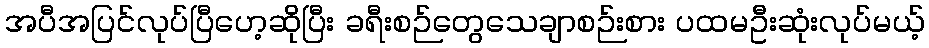
အပီအပြင်လုပ်ပြီဟေ့ဆိုပြီး ခရီးစဉ်တွေသေချာစဉ်းစား ပထမဦးဆုံးလုပ်မယ့်